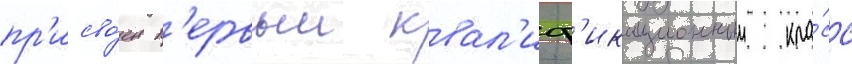
пр'исво́ен п'ервыи квал'иф'икационныи кла́сс